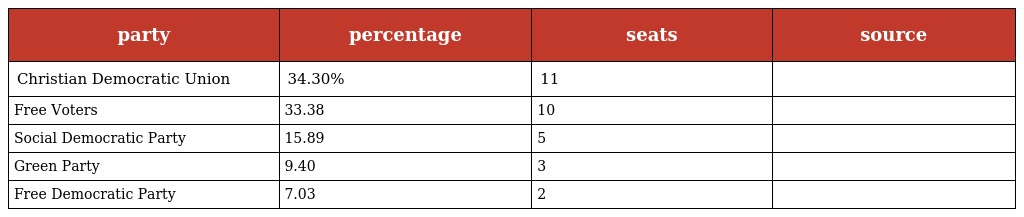
| party | percentage | seats | source |
 | --- | --- | --- | --- |
 | Christian Democratic Union | 34.30% | 11 |  |
 | Free Voters | 33.38 | 10 |  |
 | Social Democratic Party | 15.89 | 5 |  |
 | Green Party | 9.40 | 3 |  |
 | Free Democratic Party | 7.03 | 2 |  |